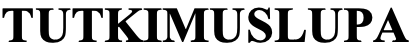
TUTKIMUSLUPA